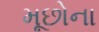
મૂછોના